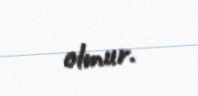
olmur.